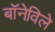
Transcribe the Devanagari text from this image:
बॉनेविले